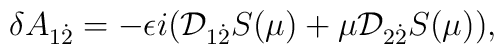
\delta A_{1{\dot 2}}=-\epsilon i ({\cal D} _{1{\dot 2}}S(\mu)+\mu {\cal D} _{2{\dot 2}}S(\mu)),